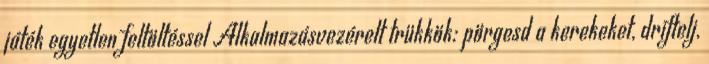
játék egyetlen feltöltéssel Alkalmazásvezérelt trükkök: pörgesd a kerekeket, driftelj,